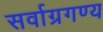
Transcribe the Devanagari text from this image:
सर्वाग्रगण्य